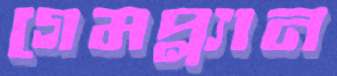
গেমপ্ল্যান